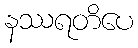
နဿရတိပေ